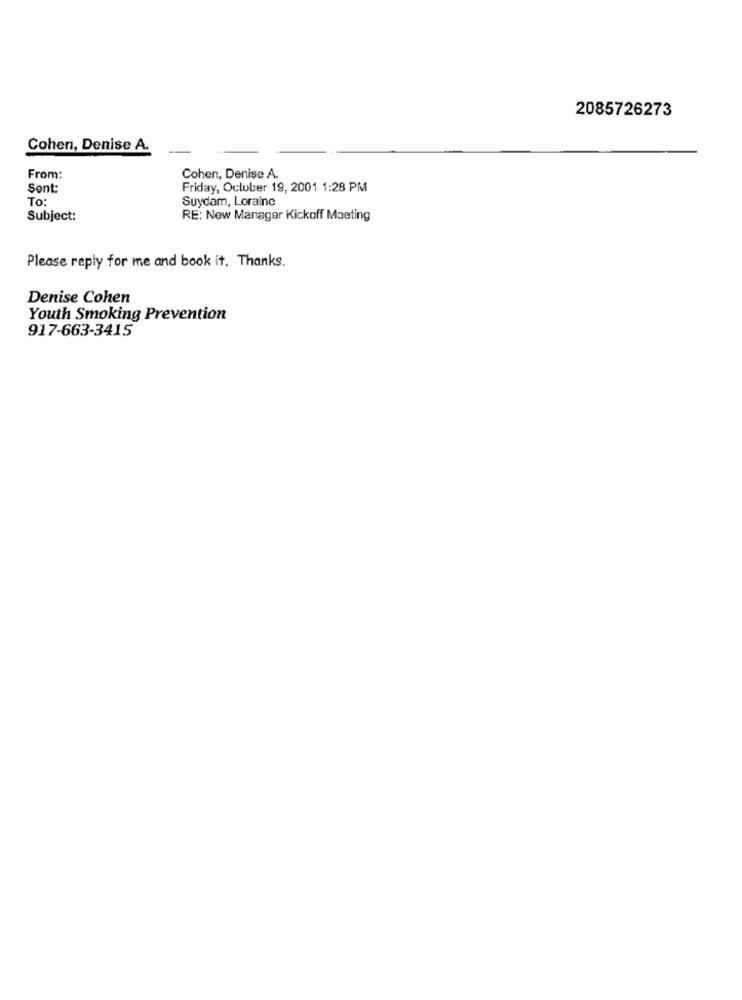
2085726273
Cohen, Denise A.
From:
Cohen, Denise A.
Sont:
Friday, October 19, 2001 1:28 PM
To:
Suydam, Loraine
Subject:
RE: New Manager Kickoff Maeting
Please reply for me and book it. Thanks.
Denise Cohen
Youth Smoking Prevention
917-663-3415